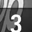
Digit: 3